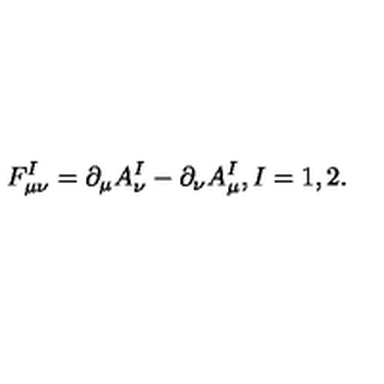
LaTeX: F _ { \mu \nu } ^ { I } = \partial _ { \mu } A _ { \nu } ^ { I } - \partial _ { \nu } A _ { \mu } ^ { I } , I = 1 , 2 .